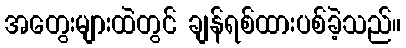
အတွေးများထဲတွင် ချန်ရစ်ထားပစ်ခဲ့သည်။